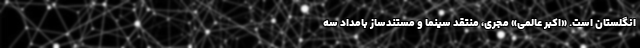
انگلستان است. «اکبر عالمی» مجری، منتقد سینما و مستندساز بامداد سه